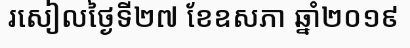
រសៀលថ្ងៃទី២៧ ខែឧសភា ឆ្នាំ២០១៩